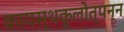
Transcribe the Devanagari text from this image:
कायस्थकुलोत्पन्न